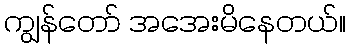
ကျွန်တော် အအေးမိနေတယ်။